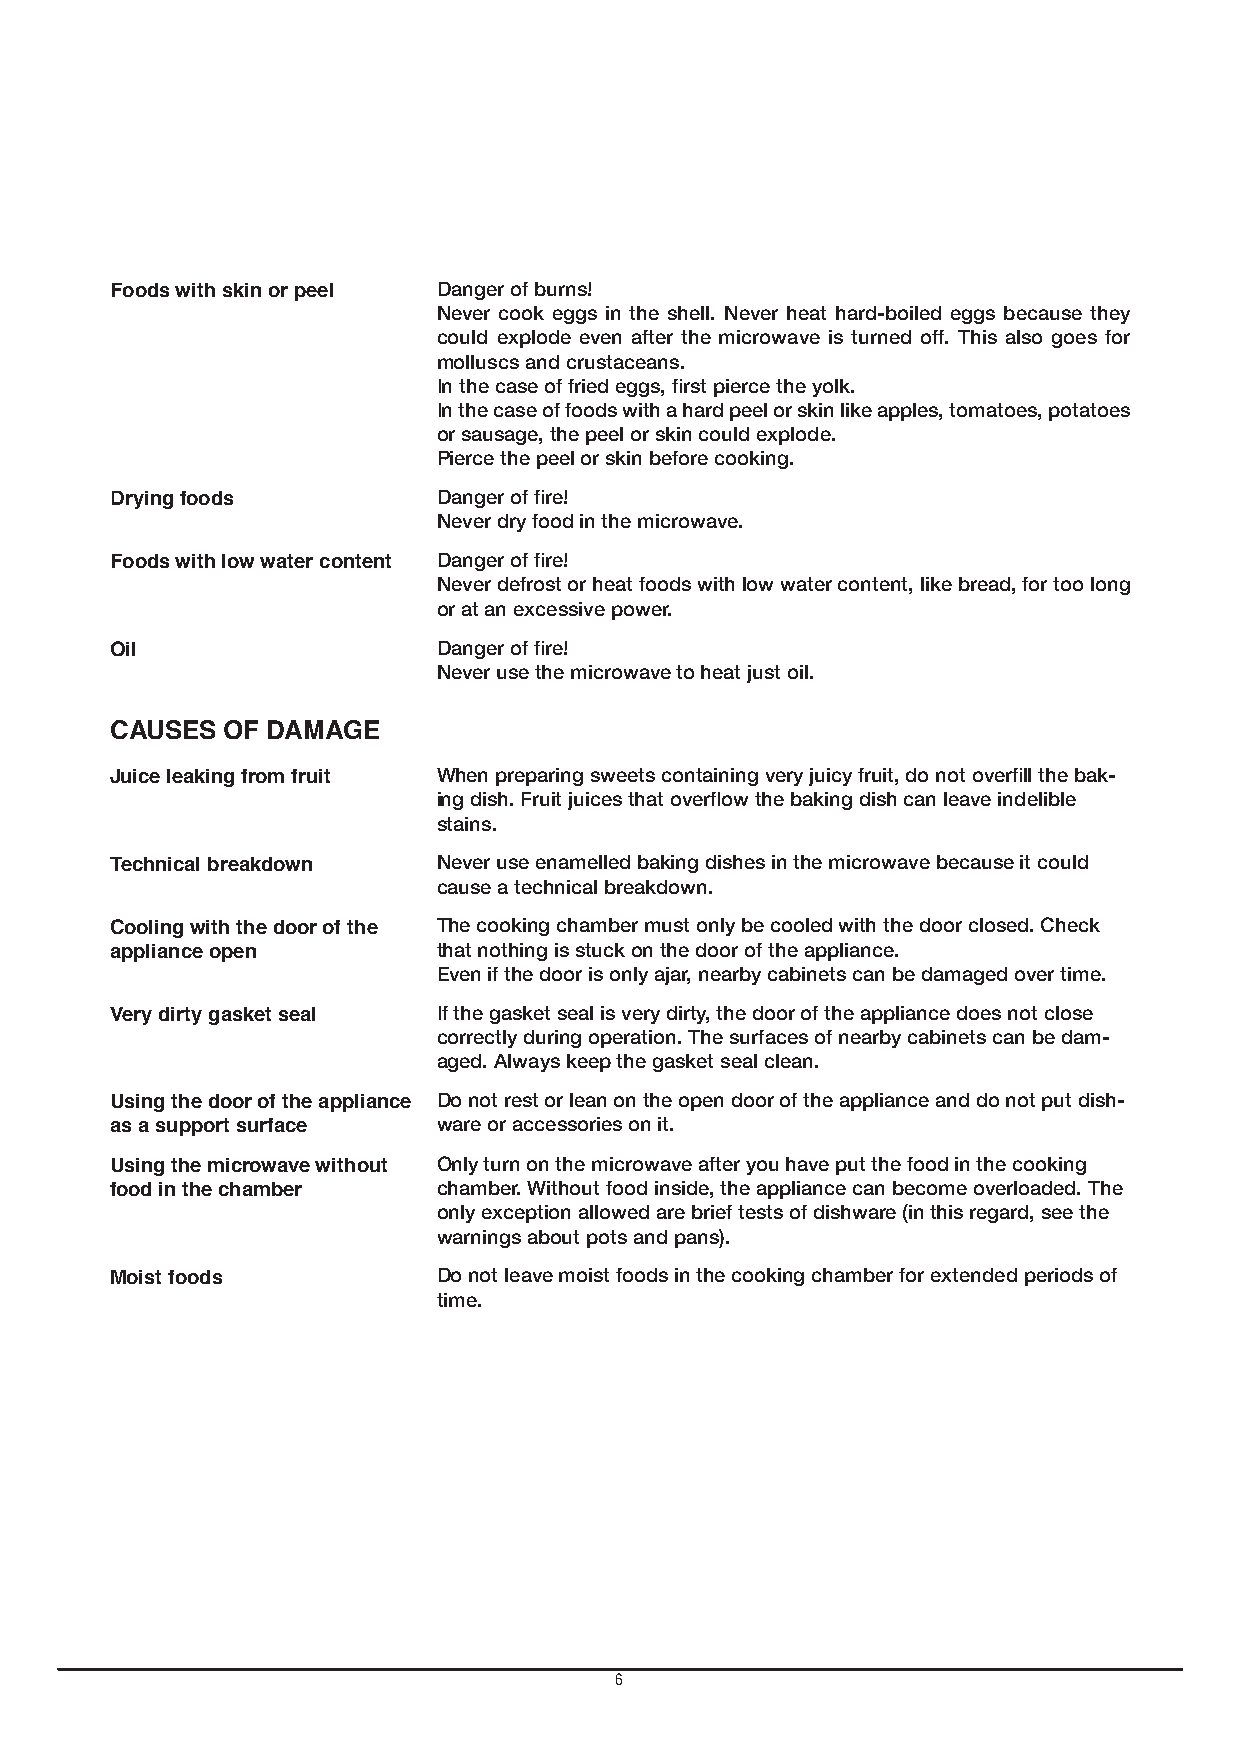
Foods with skin or peel Danger of burns!
 Never cook eggs in the shell. Never heat hard-boiled eggs because they
 could explode even after the microwave is turned off. This also goes for
 molluscs and crustaceans.
 In the case of fried eggs, first pierce the yolk.
 In the case of foods with a hard peel or skin like apples, tomatoes, potatoes
 or sausage, the peel or skin could explode.
 Pierce the peel or skin before cooking.
 Drying foods          Danger of fire!
 Never dry food in the microwave.
 Foods with low water content Danger of fire!
 Never defrost or heat foods with low water content, like bread, for too long
 or at an excessive power.
 Oil                   Danger of fire!
 Never use the microwave to heat just oil.
 CAUSES  OF DAMAGE
 Juice leaking from fruit When preparing sweets containing very juicy fruit, do not overfill the bak-
 ing dish. Fruit juices that overflow the baking dish can leave indelible
 stains.
 Technical breakdown   Never use enamelled baking dishes in the microwave because it could
 cause a technical breakdown.
 Cooling with the door of the The cooking chamber must only be cooled with the door closed. Check
 appliance open        that nothing is stuck on the door of the appliance.
 Even if the door is only ajar, nearby cabinets can be damaged over time.
 Very dirty gasket seal If the gasket seal is very dirty, the door of the appliance does not close
 correctly during operation. The surfaces of nearby cabinets can be dam-
 aged. Always keep the gasket seal clean.
 Using the door of the appliance Do not rest or lean on the open door of the appliance and do not put dish-
 as a support surface  ware or accessories on it.
 Using the microwave without Only turn on the microwave after you have put the food in the cooking
 food in the chamber   chamber. Without food inside, the appliance can become overloaded. The
 only exception allowed are brief tests of dishware (in this regard, see the
 warnings about pots and pans).
 Moist foods           Do not leave moist foods in the cooking chamber for extended periods of
 time.
 6